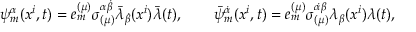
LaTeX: \psi _ { m } ^ { \alpha } ( x ^ { i } , t ) = e _ { m } ^ { ( \mu ) } \sigma _ { ( \mu ) } ^ { \alpha \dot { \beta } } \bar { \lambda } _ { \dot { \beta } } ( x ^ { i } ) \bar { \lambda } ( t ) , \qquad \bar { \psi } _ { m } ^ { \dot { \alpha } } ( x ^ { i } , t ) = e _ { m } ^ { ( \mu ) } \sigma _ { ( \mu ) } ^ { \dot { \alpha } \beta } \lambda _ { \beta } ( x ^ { i } ) \lambda ( t ) ,